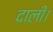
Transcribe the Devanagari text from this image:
दाली।